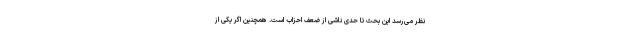
نظر می‌رسد این بحث تا حدی ناشی از ضعف احزاب است. همچنین اگر یکی از